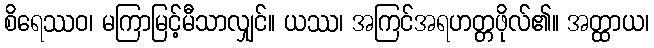
စိရေဿဝ၊ မကြာမြင့်မီသာလျှင်။ ယဿ၊ အကြင်အရဟတ္တဖိုလ်၏။ အတ္ထာယ၊